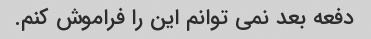
دفعه بعد نمی توانم این را فراموش کنم.